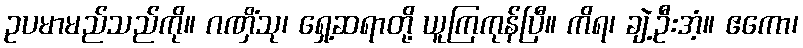
ဥပမာမည်သည်ကို။ ဂဏှိံသု၊ ရှေ့ဆရာတို့ ယူကြကုန်ပြီ။ ကိရ၊ ချဲ့ဦးအံ့။ ဧကော၊